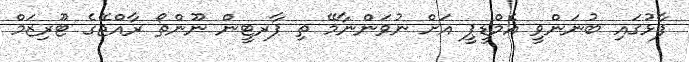
ފާޅުގައި ބުނަންވީ އެމްޑީޕީ އަށް ނުވަންނާމޭ ތި ޕާރޓީން ނޫންތޯ ރާއްޖޭގެ ޓޫރިޒަމް